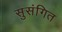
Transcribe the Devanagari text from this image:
सुसंगित